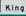
king